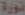
نورة